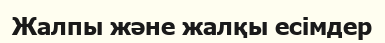
Жалпы және жалқы есімдер